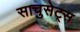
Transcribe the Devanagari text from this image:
साचुसेट्स